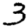
Digit: 3